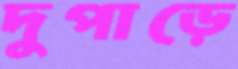
দুপাড়ে